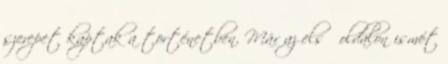
szerepet kaptak a történetben. Már az első oldalon ismét